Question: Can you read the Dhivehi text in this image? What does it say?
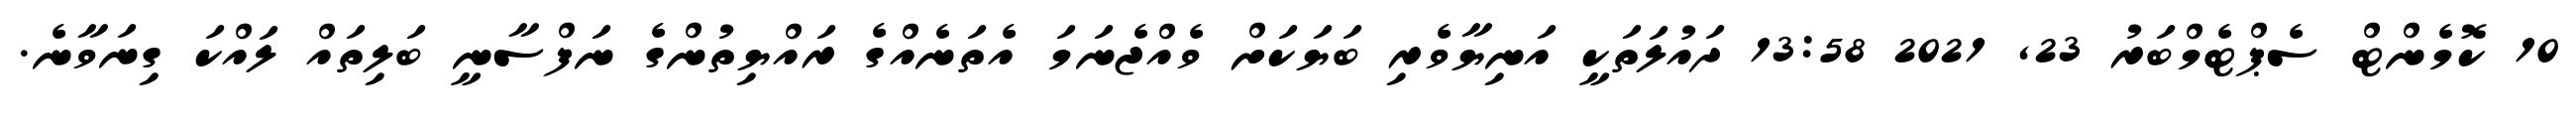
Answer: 10 ކޮމެންޓް ސެޕްޓެމްބަރު 23, 2021 13:58 ދައުލަތަކީ އަނިޔާވެރި ބަޔަކަށް ވެއްޖެނަމަ އެތަނެއްގެ ރައްޔިތުންގެ ނަފްސާނީ ބަލިތައް ލައްކަ ގިނަވާނެ.